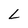
Character: L